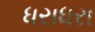
ધરાધરા